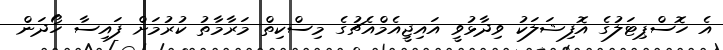
އެ ހޮސްޕިޓަލުގެ އޮފިޝަލަކު ވިދާޅުވީ އައިޖީއެމްއެޗުގެ މިސްކިތް މަރާމާތު ކުރުމަށް ފައިސާ ހޯދަން